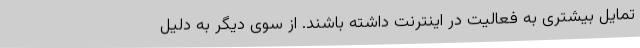
تمایل بیشتری به فعالیت در اینترنت داشته باشند. از سوی دیگر به دلیل